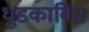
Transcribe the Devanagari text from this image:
धुडकावित